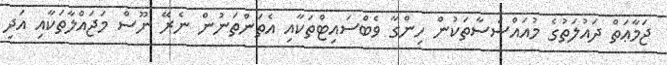
ޖަމާޢަތް ދައުލަތުގެ މުއައްސަސާތަކުން ހިންގާ ވެބްސައިޓްތަކާއި އެތަންތަނުން ނެރޭ ނޫސް މަޖައްލާތަކާއި އަދި